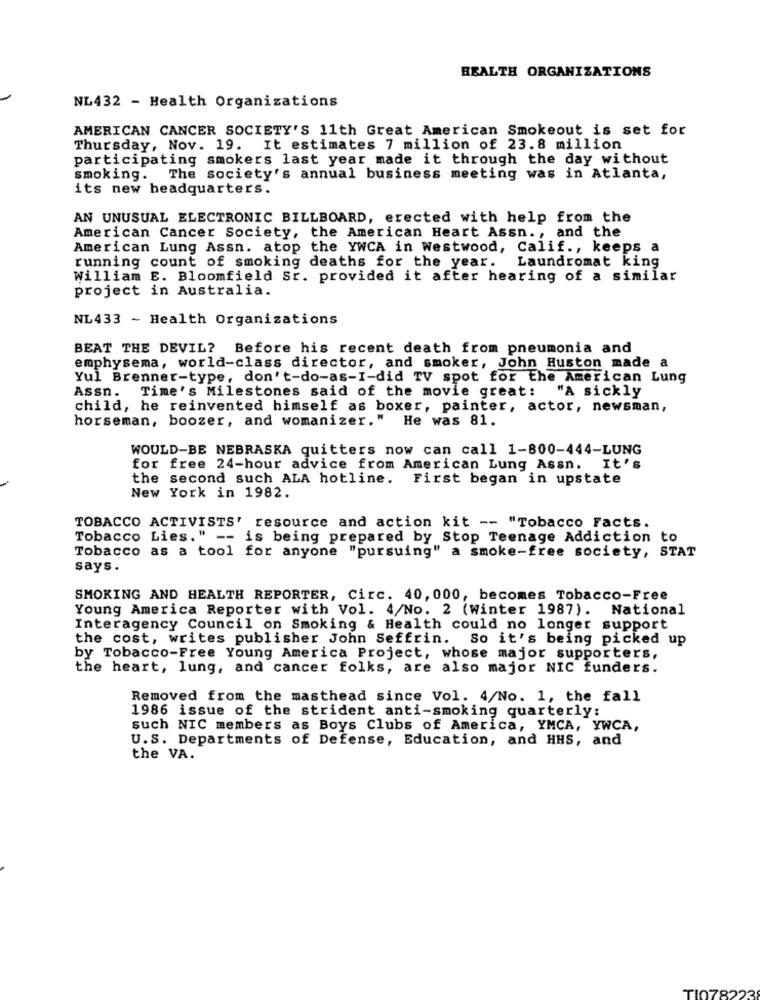
HEALTH ORGANIZATIONS
NL432 - Health Organizations
AMERICAN CANCER SOCIETY'S 11th Great American Smokeout is set for
Thursday, Nov. 19. It estimates 7 million of 23.8 million
participating smokers last year made it through the day without
smoking.
The society's annual business meeting was in Atlanta,
its new headquarters.
AN UNUSUAL ELECTRONIC BILLBOARD, erected with help from the
American Cancer Society, the American Heart Assn ., and the
American Lung Assn. atop the YWCA in Westwood, Calif ., keeps a
running count of smoking deaths for the year.
Laundromat king
William E. Bloomfield Sr. provided it after hearing of a similar
project in Australia.
NL433 - Health Organizations
BEAT THE DEVIL? Before his recent death from pneumonia and
emphysema, world-class director, and smoker, John Huston made a
Yul Brenner-type, don't-do-as-I-did TV spot for the American Lung
Assn. Time's Milestones said of the movie great: "A sickly
child, he reinvented himself as boxer, painter, actor, newsman,
horseman, boozer, and womanizer. "
He was 81.
WOULD-BE NEBRASKA quitters now can call 1-800-444-LUNG
for free 24-hour advice from American Lung Assn. It's
the second such ALA hotline. First began in upstate
New York in 1982.
TOBACCO ACTIVISTS' resource and action kit -- "Tobacco Facts.
Tobacco Lies." -- is being prepared by Stop Teenage Addiction to
Tobacco as a tool for anyone "pursuing" a smoke-free society, STAT
says.
SMOKING AND HEALTH REPORTER, Circ. 40, 000, becomes Tobacco-Free
Young America Reporter with Vol. 4/No. 2 (Winter 1987). National
Interagency Council on Smoking & Health could no longer support
the cost, writes publisher John Seffrin. So it's being picked up
by Tobacco-Free Young America Project, whose major supporters,
the heart, lung, and cancer folks, are also major NIC funders.
Removed from the masthead since Vol. 4/No. 1, the fall
1986 issue of the strident anti-smoking quarterly:
such NIC members as Boys Clubs of America, YMCA, YWCA,
U.S. Departments of Defense, Education, and HHS, and
the VA.
TI078223